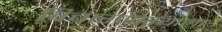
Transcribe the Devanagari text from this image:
विचारणाऱ्याला